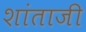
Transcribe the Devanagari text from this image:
शांताजी